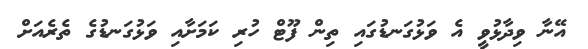
އޭނާ ވިދާޅުވީ އެ ވަޅުގަނޑުގައި ތިން ފޫޓް ހުރި ކަމަށާއި ވަޅުގަނޑުގެ ތެރެއަށް